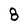
Character: 8